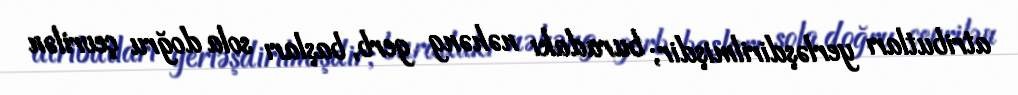
atributları yerləşdirilmişdir; buradakı nəhəng gerb, başları sola doğru çevrilən